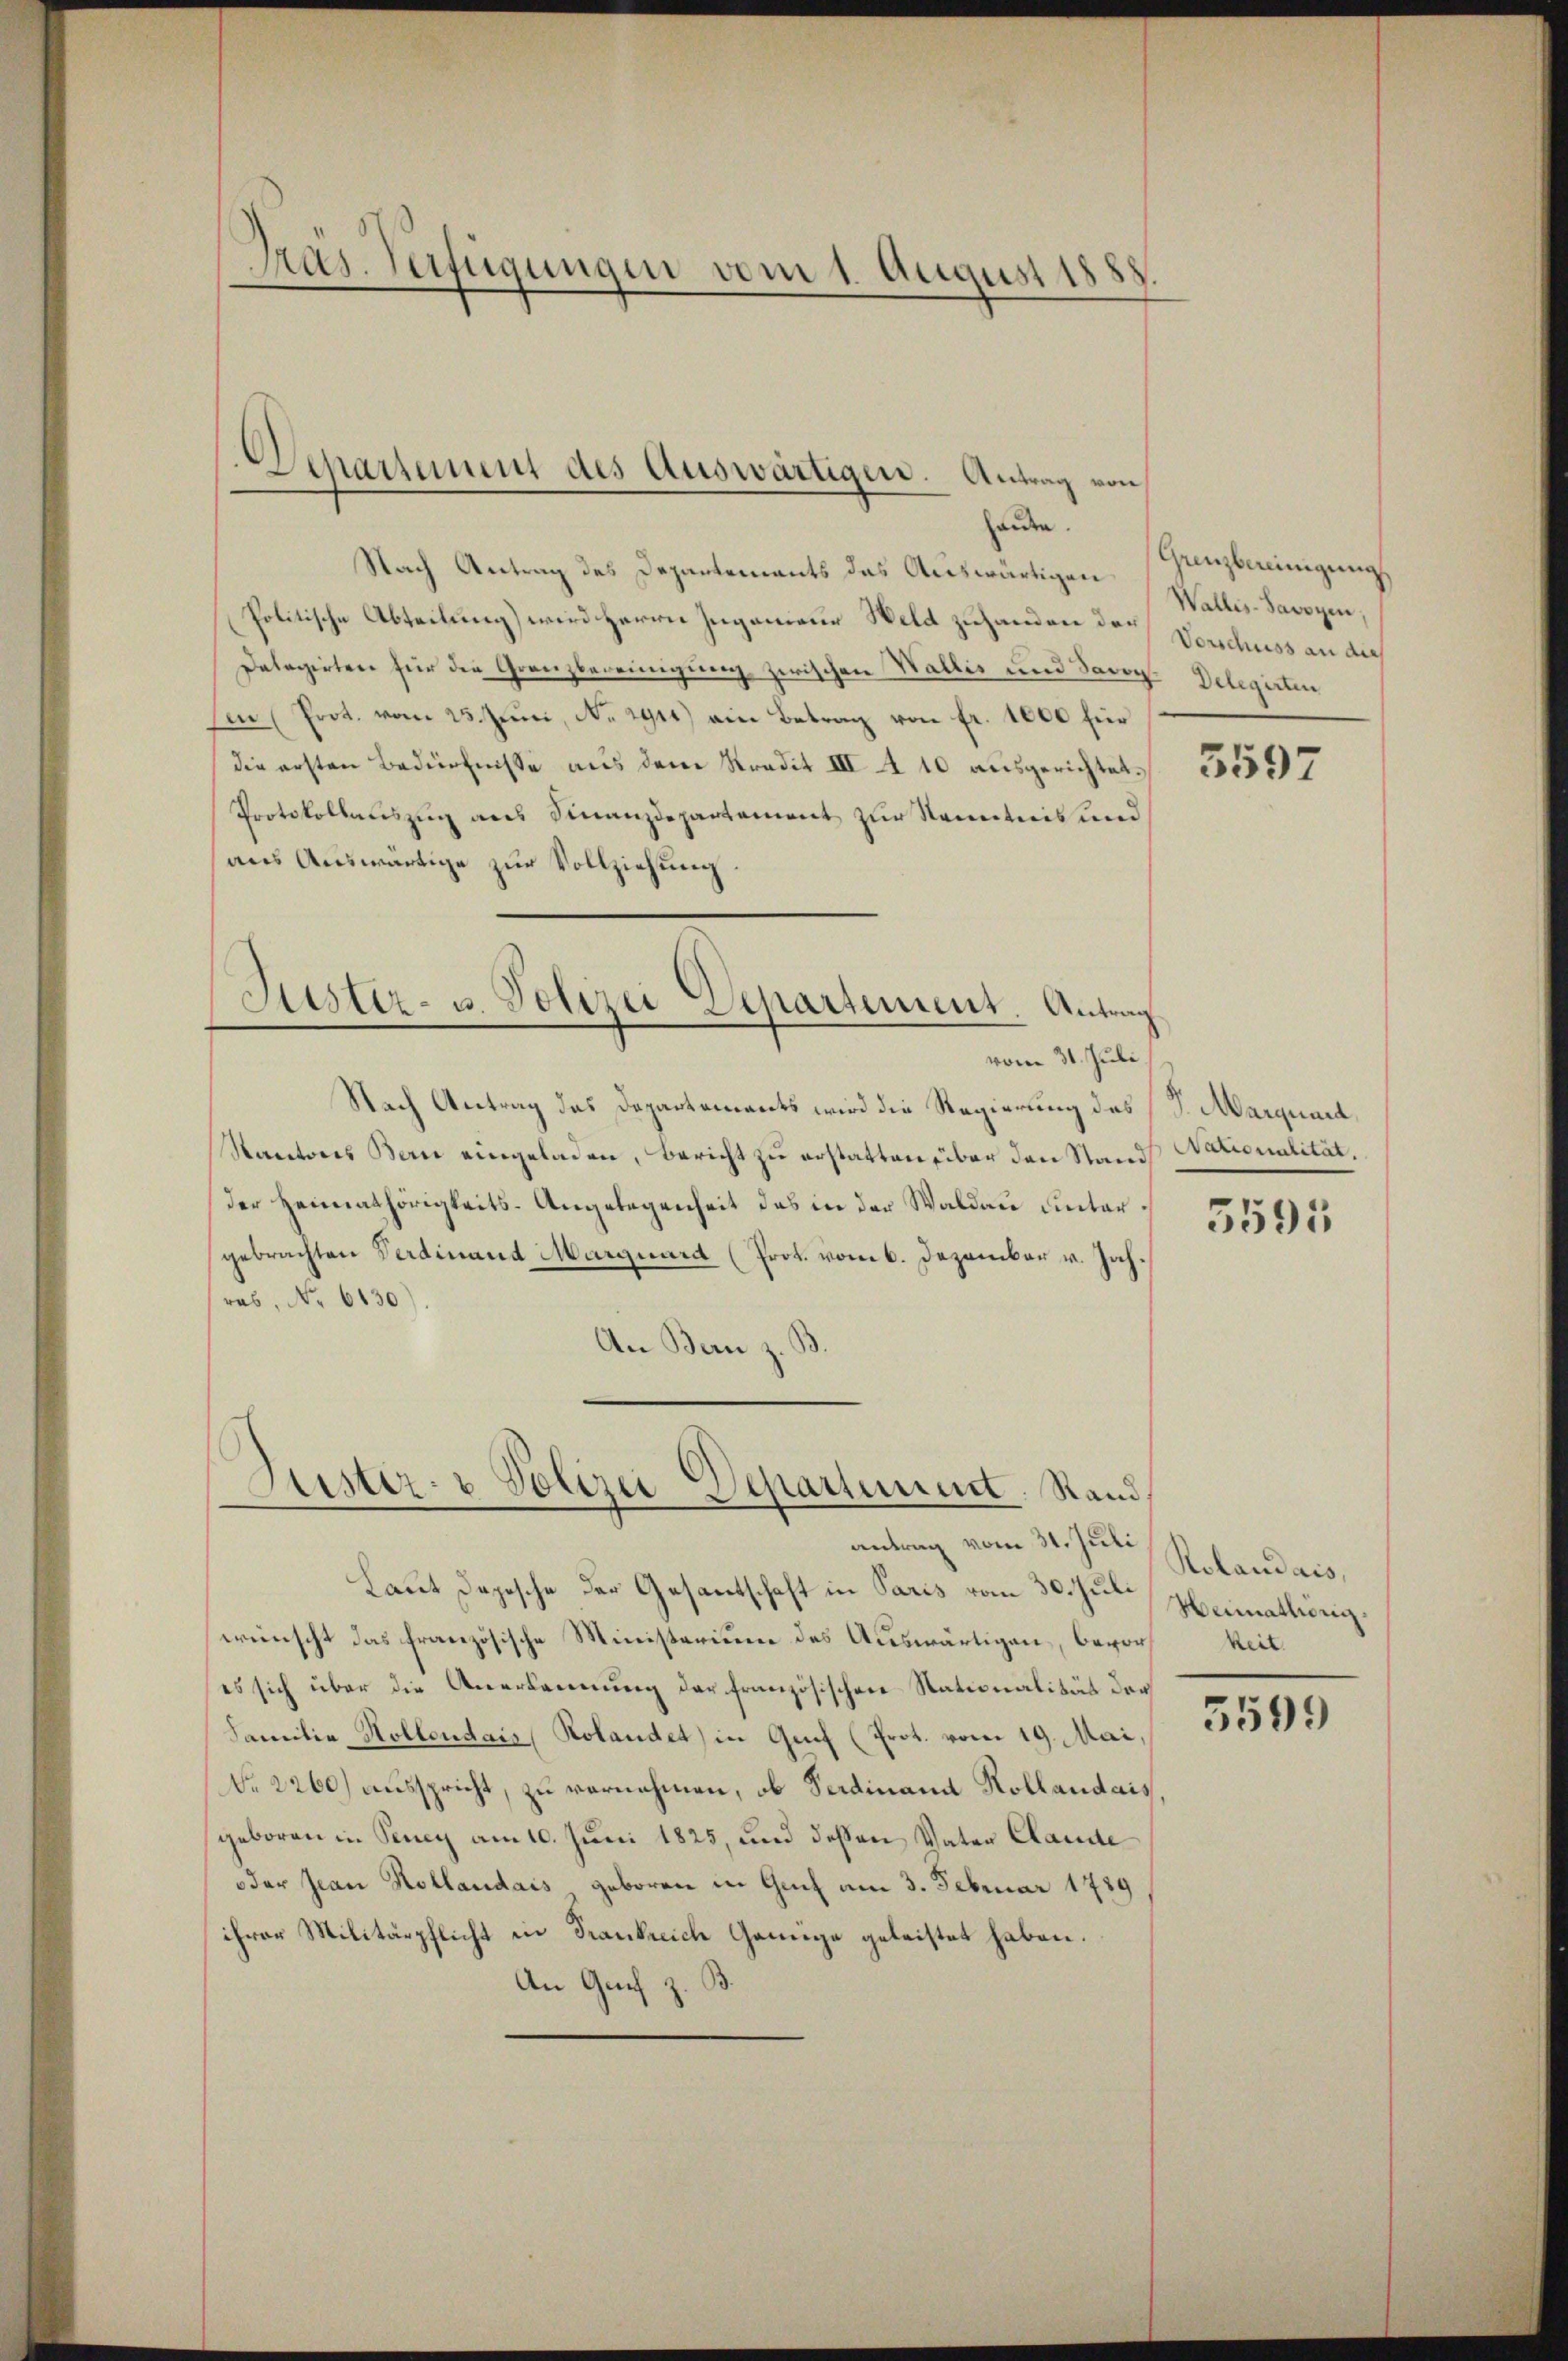
Präs. Verfügungen vom 1. August 1888

)
Separtement des Auswärtigen. Antrag von

Nach Antrag des Departements das Auswärtigen
Politische Abteilung) wird Herrn Ingenieur Weld zuhanden der Vorschuss an die
Delegirten für die Granzbereinigung zwischen Wallis und Savoy. Delegirten
Ein (Prot. vom 25. Juni, No. 1911) ein Betrag von fr. 1000 für
die ersten Bedürfnisse aus dem Stradit III A 10 ausgerichtet. 35507
Protokollauszug aus Finanzdepartement zur Kenntnis und
aus Auswärtige zur Vollziehung.
Fister- u. Polizei Departement. Antrag
vom 31. Juli.
Nach Antrag des Departements wird die Regierung des
Rantons Bern eingeladen, Bericht zu erstatten über den Stand Nationalität.
der Heimathörigkeits-Angelegenheit das in der Waldau untergebrachten Verdinand Marquard (Prot. vom 6. Dezember v. Jahras, No 6630)
An Bern z.

üster- u Polizei-Departement. Rand

antrag vom 31. Juli
Laut Depesche der Gesantschaft in Paris vom 30. Jul Heimathörig
wünscht das französische Ministerium des Auswärtigen, bevor Reites sich über die Anerkennung der französischen Nationalität der
Familie Kollendais, Rolandet) in Genf (Prot. vom 19. Mai,
No. 2260) ausspricht, zu vornehmen, ob Ferdinand Kollaudais
geboren in Peney am 10. Juni 1825, und dessen Vater Claude
oder Jean Hollaudais geboren in Gut am 3. Februar 1789
ihrer Militärpflicht in Frankreich Genüge geleistet haben.
An Graf z. B.

haŭte. Grenzbereinigung
Wallis-Savoyen,

S. Marginel

5591

Rolandais,

5599